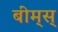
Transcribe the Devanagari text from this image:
बीम्‌स्‌